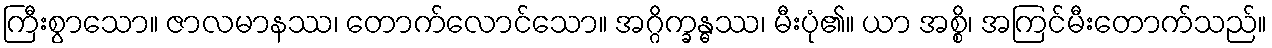
ကြီးစွာသော။ ဇာလမာနဿ၊ တောက်လောင်သော။ အဂ္ဂိက္ခန္ဓဿ၊ မီးပုံ၏။ ယာ အစ္စိ၊ အကြင်မီးတောက်သည်။